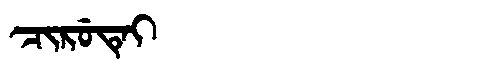
Manchu: ᠴᡳᡵᡠᡨᡝᡳ
Romanization: CIRUTEI